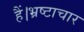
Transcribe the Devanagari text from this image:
हैं।भ्रष्टाचार